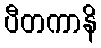
ပီတကာနိ